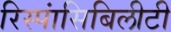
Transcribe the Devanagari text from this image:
रिस्पांसिबिलीटी